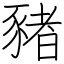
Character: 豬